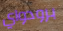
برودواي